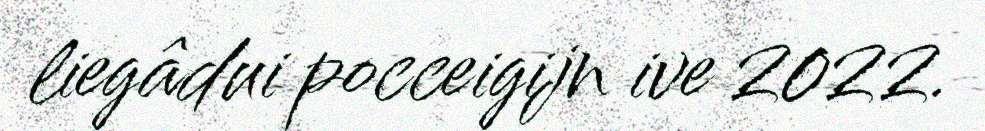
liegâdui pocceigijn ive 2022.